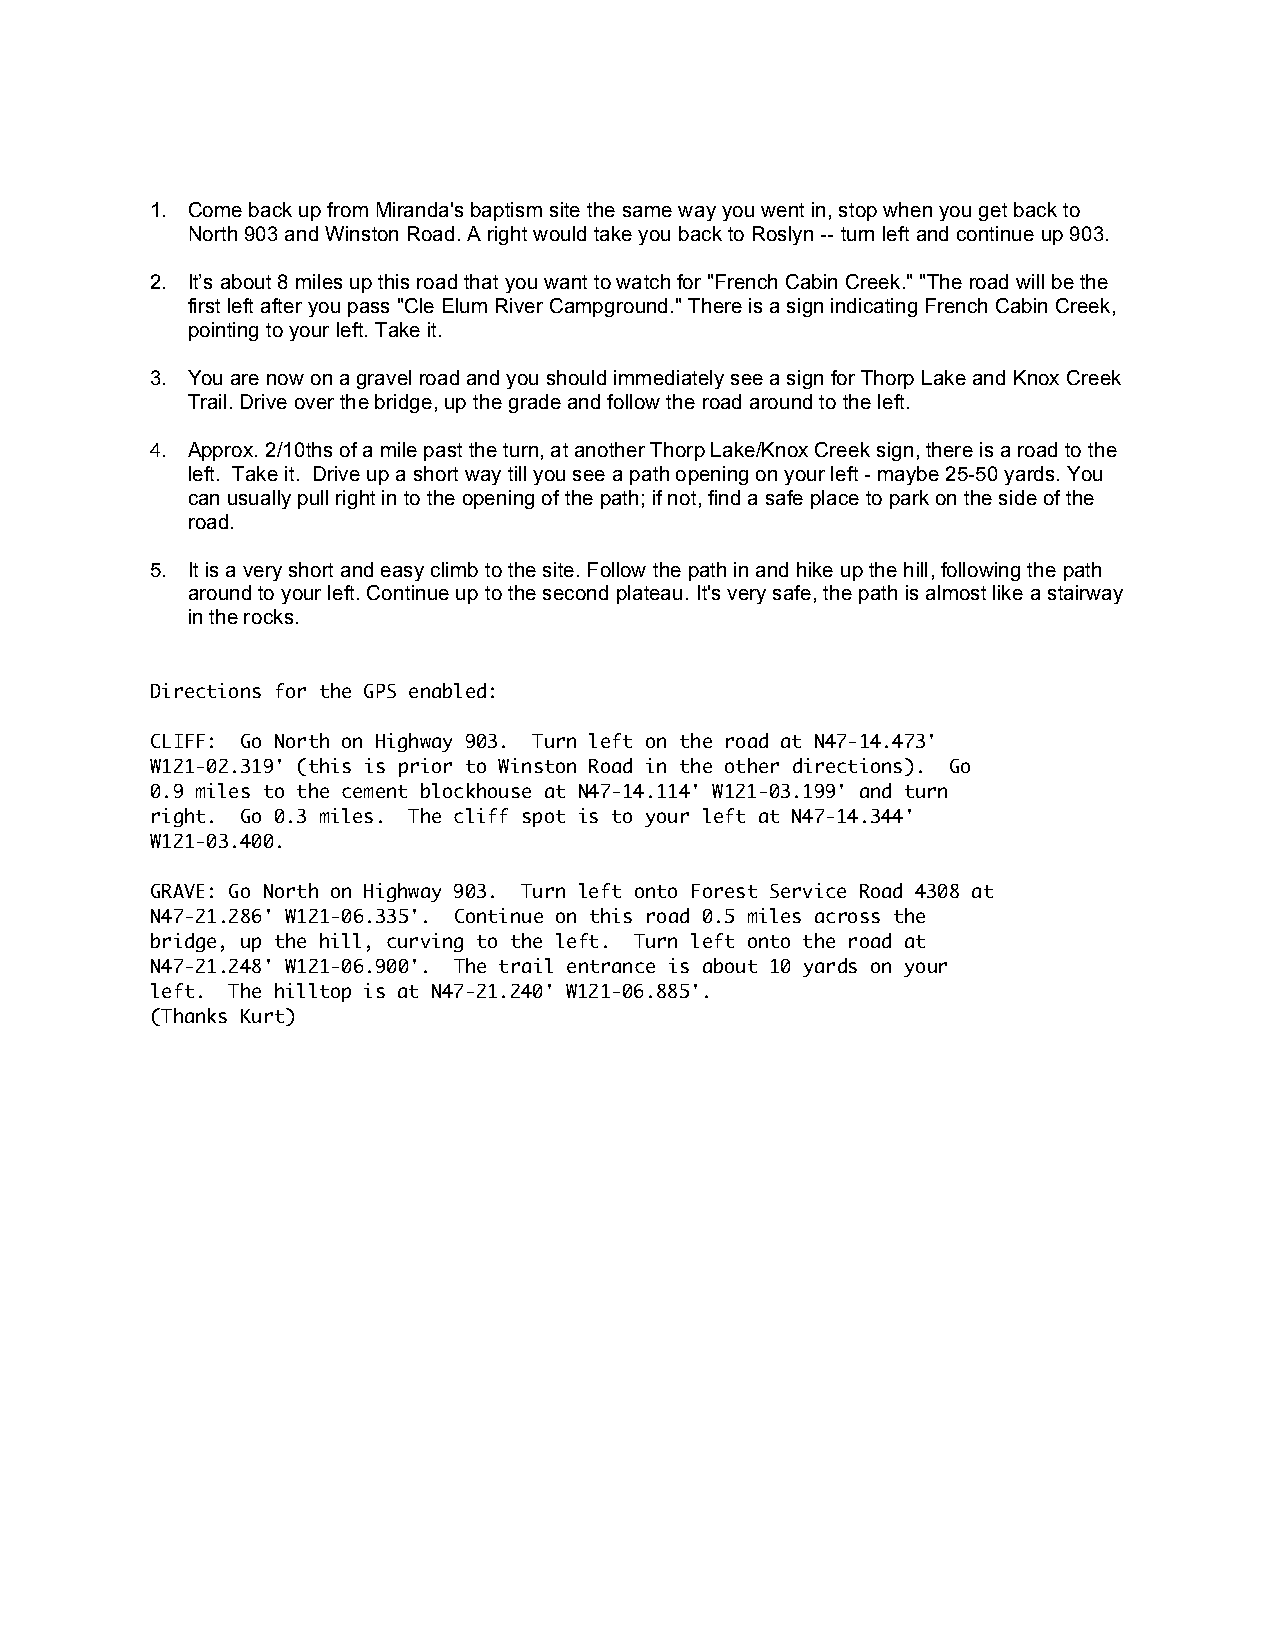
1. Come back up from Miranda's baptism site the same way you went in, stop when you get back to
 North 903 and Winston Road. A right would take you back to Roslyn -- turn left and continue up 903.
 2. It’s about 8 miles up this road that you want to watch for "French Cabin Creek." "The road will be the
 first left after you pass "Cle Elum River Campground." There is a sign indicating French Cabin Creek,
 pointing to your left. Take it.
 3. You are now on a gravel road and you should immediately see a sign for Thorp Lake and Knox Creek
 Trail. Drive over the bridge, up the grade and follow the road around to the left.
 4. Approx. 2/10ths of a mile past the turn, at another Thorp Lake/Knox Creek sign, there is a road to the
 left. Take it. Drive up a short way till you see a path opening on your left - maybe 25-50 yards. You
 can usually pull right in to the opening of the path; if not, find a safe place to park on the side of the
 road.
 5. It is a very short and easy climb to the site. Follow the path in and hike up the hill, following the path
 around to your left. Continue up to the second plateau. It's very safe, the path is almost like a stairway
 in the rocks.
 Directions for the GPS enabled:
 CLIFF: Go North on Highway 903. Turn left on the road at N47-14.473'
 W121-02.319' (this is prior to Winston Road in the other directions). Go
 0.9 miles to the cement blockhouse at N47-14.114' W121-03.199' and turn
 right. Go 0.3 miles. The cliff spot is to your left at N47-14.344'
 W121-03.400.
 GRAVE: Go North on Highway 903. Turn left onto Forest Service Road 4308 at
 N47-21.286' W121-06.335'. Continue on this road 0.5 miles across the
 bridge, up the hill, curving to the left. Turn left onto the road at
 N47-21.248' W121-06.900'. The trail entrance is about 10 yards on your
 left. The hilltop is at N47-21.240' W121-06.885'.
 (Thanks Kurt)